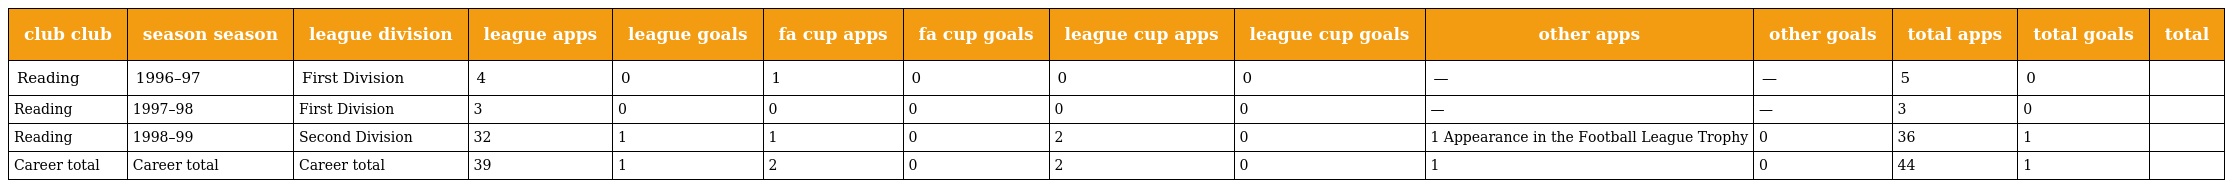
| club club | season season | league division | league apps | league goals | fa cup apps | fa cup goals | league cup apps | league cup goals | other apps | other goals | total apps | total goals | total |
 | --- | --- | --- | --- | --- | --- | --- | --- | --- | --- | --- | --- | --- | --- |
 | Reading | 1996–97 | First Division | 4 | 0 | 1 | 0 | 0 | 0 | — | — | 5 | 0 |  |
 | Reading | 1997–98 | First Division | 3 | 0 | 0 | 0 | 0 | 0 | — | — | 3 | 0 |  |
 | Reading | 1998–99 | Second Division | 32 | 1 | 1 | 0 | 2 | 0 | 1 Appearance in the Football League Trophy | 0 | 36 | 1 |  |
 | Career total | Career total | Career total | 39 | 1 | 2 | 0 | 2 | 0 | 1 | 0 | 44 | 1 |  |